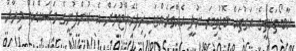
ކާބޯތަކެތީގެ އަގުތައް ބޮޑުވިޔަ ނުދީ އެއްވަރެއްގައި ހިފެހެއްޓުމަށް އެ ކުންފުނީގެ މަސައްކަތް މިހާރު